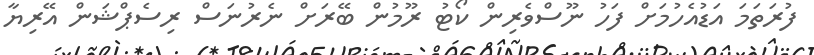
ފުރަތަމަ އަޑުއެހުމަށް ފަހު ނޫސްވެރިން ކޯޓު ރޫމުން ބޭރަށް ނެރުނަސް ރިސެޕްޝަން އޭރިޔާ